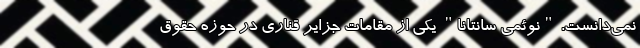
نمی‌دانست. "نوئمی سانتانا" یکی از مقامات جزایر قناری در حوزه حقوق